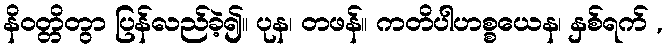
နိဝတ္တိတွာ ပြန်လည်ခဲ့၍။ ပုန၊ တဖန်။ ကတိပါဟစ္စယေန၊ နှစ်ရက် ,